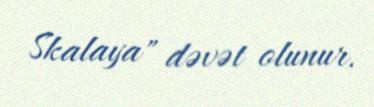
Skalaya" dəvət olunur.